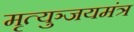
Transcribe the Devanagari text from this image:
मृत्युञ्जयमंत्र